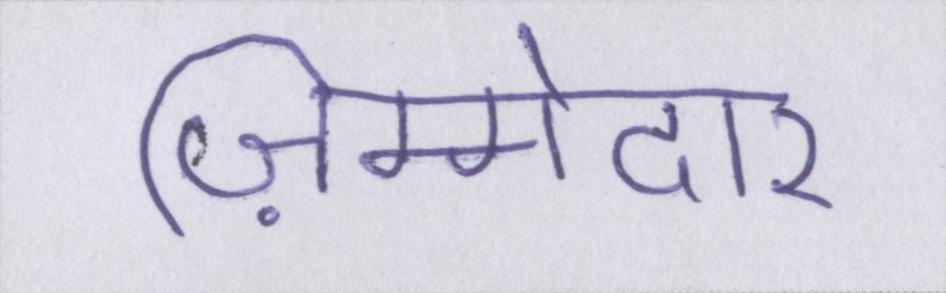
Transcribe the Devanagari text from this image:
ज़िम्मेदार